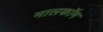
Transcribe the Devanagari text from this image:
मालकॉम